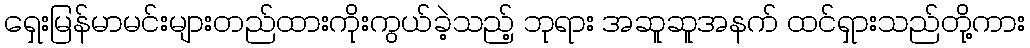
ရှေးမြန်မာမင်းများတည်ထားကိုးကွယ်ခဲ့သည့် ဘုရား အဆူဆူအနက် ထင်ရှားသည်တို့ကား